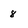
Character: 8